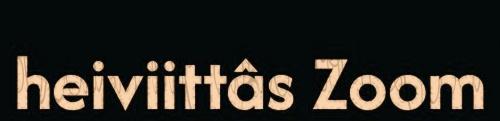
heiviittâs Zoom